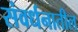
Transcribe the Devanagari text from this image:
संवर्धनातील